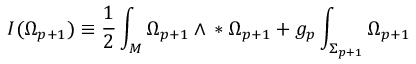
I ( \Omega _ { p + 1 } ) \equiv { } \frac { 1 } { 2 } \int _ { \cal { M } } \Omega _ { p + 1 } \wedge { } * \Omega _ { p + 1 } { } + g _ { p } \int _ { \Sigma _ { p + 1 } } \Omega _ { p + 1 }